Vaccination North-Western Provinces 1866-1877 - 1866-1877
Year: 1866
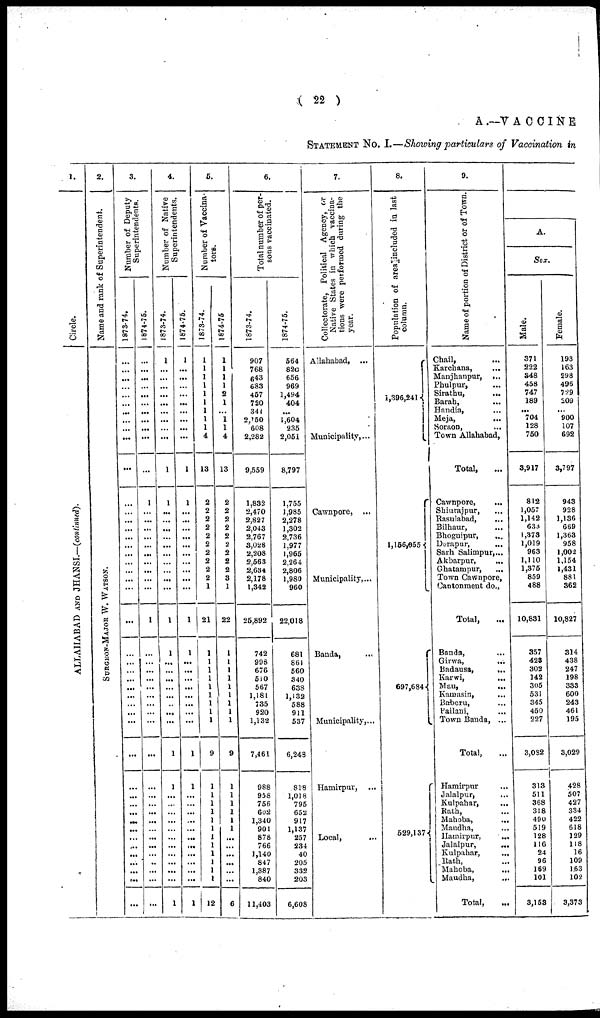
( 22 )
A .—VACCINE
STATEMENT No. I.—Showing particulars of Vaccination in
1.
Circle.
ALLAHABAD AND JHANSI.—(continued).
2.
Name and rank of Superintendent.
SURGEON-MAJOR W. WATSON.
3.
Number of Deputy
Superintendents.
1873-74.
...
...
...
...
...
...
...
...
...
...
...
...
...
...
...
...
...
...
...
...
...
...
...
...
...
...
...
...
...
...
...
...
...
...
...
...
...
...
...
...
...
...
...
...
...
...
1874-75.
...
...
...
...
...
...
...
...
...
...
...
1
...
...
...
...
...
...
...
...
...
...
1
...
...
...
...
...
...
...
...
...
...
...
...
...
...
...
...
...
...
...
...
...
...
...
4.
Number of Native
Superintendents.
1873-74.
1
...
...
...
...
...
...
...
...
...
1
1
...
...
...
...
...
...
...
...
...
...
1
1
...
...
...
...
...
...
...
...
1
1
...
...
...
...
...
...
...
...
...
...
...
1
1874-75.
1
...
...
...
...
... ...
...
...
...
1
1
...
...
...
...
...
...
...
...
...
...
1
1
...
...
...
...
...
...
...
...
1
1
...
...
...
...
...
...
...
...
...
...
...
1
5.
Number of Vaccina¬
tors.
1873-74.
1
1
1
1
1
1
1
1
1
4
13
2
2
2
2
2
2
2
2
2
2
1
21
1
1
1
1
1
1
1
1 1
9
1
1
1
1
1
1
1
1
1
1
1
1
12
1874-75
1
1
1
1
2
1
...
1
1
4
13
2
2
2
2
2
2
2
2
2
3
1
22
1
1
1
1
1
1
1
1
1
9
1
1
1
1
1
1
...
...
...
...
...
...
6
6.
Total number of per-
sons vaccinated.
1873-74.
907
768
643
683
457
720
341
2,150
608
2,282
9,559
1,832
2,470
2,827
2,043
2,767
3,028
2,208
2,563
2,634
2,178
1,342
25,892
742
908
676
510
567
1,181
735
920
1,132
7,461
988
958
756
602
1,340
901
878
766
1,140
847
1,387
840
11,403
1874-75.
564
820
656
969
1,494
404
...
1,604
235
2,051
8,797
1,70000
1,985
2,278
1,302
2,736
1,977
1,965
2,264
2,806
1,980
960
22,018
681
861
560
340
638
1,132
588
911
537
6,243
818
1,018
795
652
917
1,137
257
234
40
205
332
203
6,608
7.
Collectorate, Political Agency, or
Native States in which vaccina-
tions were performed during the
year.
Allahabad, ...
Municipality,...
Cawnpore, ...
Municipality,...
Banda, ...
Municipality,...
Hamirpur, ...
Local, ...
8.
Population of area included in last
column.
1,386,241
1,156,055
697,684
529,137
9.
Name of portion of District or of Town.
Chail, ...
Karchana, ...
Manjhanpur,
...
Phulpur, ...
Sirathu,
...
Barah, ...
Handia, ...
Meja, ...
Soraon, ...
Town Allahabad,
Total, ...
Cawnpore, ...
Shiurajpur, ...
Rasulabad, ...
Bilhaur, ...
Bhognipur, ...
Derapur,
...
Sarh Salimpur,...
Akbarpur, ...
Ghatampur, ...
Town Cawnpore,
Cantonment do.,
Total, ...
Banda, ...
Girwa, ...
Badausa,
...
Karwi,
...
Mau,
...
Kamsin,
...
Baberu, ...
Pailani, ...
Town Bauda, ...
Total, ...
Hamirpur ...
Jalalpur, ...
Kulpahar,
...
Rath, ...
Mahoba,
...
Maudha, ...
Hamirpur,
...
Jalalpur,
...
Kulpahar,
...
Rath, ...
Mahoba, ...
Maudha, ...
Total, ...
A.
Sex.
Male.
371
222
348
458
747
189
...
704
128
750
3,917
812
1,057
1,142
633
1,373
1,019 963
1,110
1,375
859
488
10,831
357
423
302
142
305
531
345
450
227
3,082
313
511
368
318
490
519
128
116
24
96
169
101
3,153
Female.
193
163
298
496
729
209
...
900
107
692
3,797
943
928
1,136
669
1,363
958
1,002
1,154
1,431
881
362
10,827
314
438
247
198
333
600
243
461
195
3,029
428
507
427
334
422
618
129
118
16
109
163
102
3,373